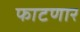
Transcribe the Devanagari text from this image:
फाटणार